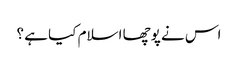
اس نے پوچھا اسلام کیا ہے ؟